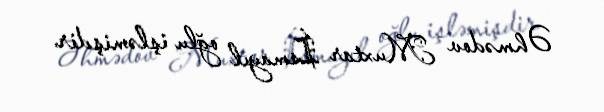
Əhmədov Muxtar İsmayıl oğlu işləmişdir.